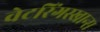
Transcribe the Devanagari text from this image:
वेटरिंगस्खान्स